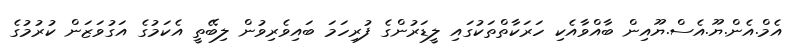
އެމް.އެން.ޔޫ.އެސް.ޔޫއިން ބާއްވާއެކި ހަރަކާތްތަކުގައި ލީޑަރުންގެ ފުރިހަމަ ބައިވެރިވުން ލިބޭތީ އެކަމުގެ އަގުވަޒަން ކުރުމުގެ